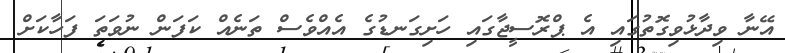
އޭނާ ވިދާޅުވިގޮތުގައި އެ ޕްރޮސީޖާގައި ހަށިގަނޑުގެ އެއްވެސް ތަނެއް ކަފަން ނުވަތަ ފަހާކަށް